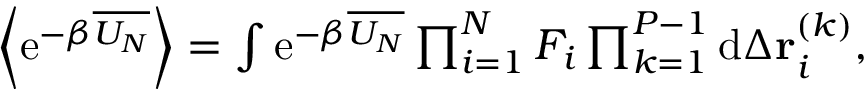
\begin{array} { r } { \left\langle \mathrm { e } ^ { - \beta \overline { { U _ { N } } } } \right\rangle = \int \mathrm { e } ^ { - \beta \overline { { U _ { N } } } } \prod _ { i = 1 } ^ { N } F _ { i } \prod _ { k = 1 } ^ { P - 1 } \mathrm { d } \Delta \mathbf { r } _ { i } ^ { ( k ) } , } \end{array}